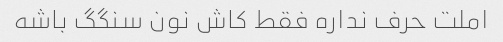
املت حرف نداره فقط کاش نون سنگگ باشه